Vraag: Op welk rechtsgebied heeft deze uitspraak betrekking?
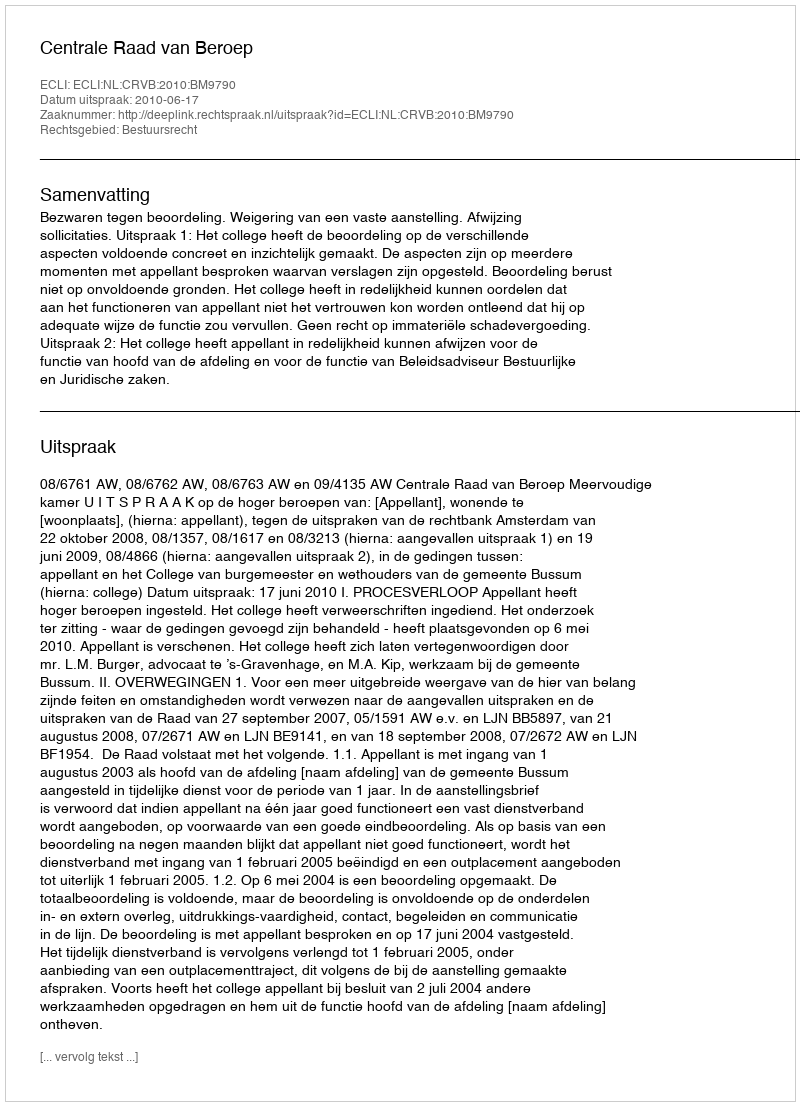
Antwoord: Bestuursrecht